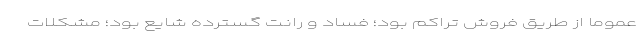
عموماً از طریق فروش تراکم بود؛ فساد و رانت گسترده شایع بود؛ مشکلات